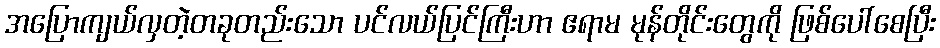
အပြောကျယ်လှတဲ့တခုတည်းသော ပင်လယ်ပြင်ကြီးဟာ ဧရာမ မုန်တိုင်းတွေကို ဖြစ်ပေါ်စေပြီး